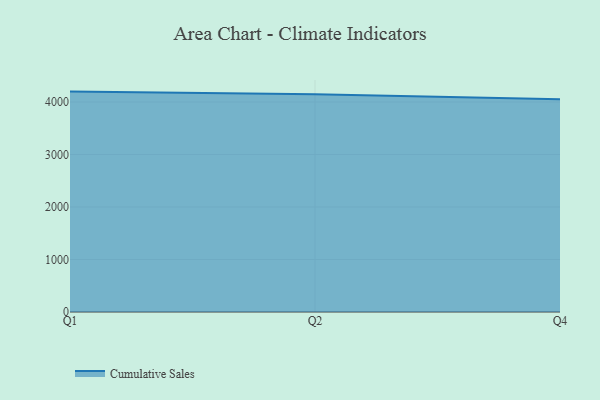
{"axis": {"x": "Quarter", "y": "Website Visitors"}, "legend": ["Cumulative Sales"], "data": [{"x": "Q1", "y": 4197.5, "type": "Cumulative Sales"}, {"x": "Q2", "y": 4145.4, "type": "Cumulative Sales"}, {"x": "Q4", "y": 4050.9, "type": "Cumulative Sales"}]}